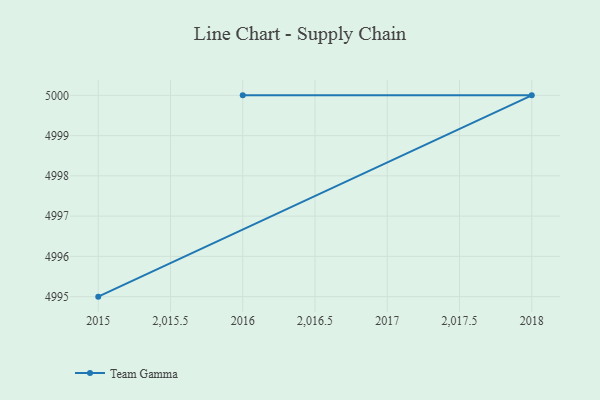
{"axis": {"x": "Year", "y": "Latency (ms)"}, "legend": ["Team Gamma"], "data": [{"x": "2015", "y": 4995.0, "type": "Team Gamma"}, {"x": "2018", "y": 5000, "type": "Team Gamma"}, {"x": "2016", "y": 5000, "type": "Team Gamma"}]}